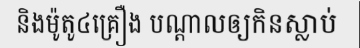
និងម៉ូតូ៤គ្រឿង បណ្តាលឲ្យកិនស្លាប់